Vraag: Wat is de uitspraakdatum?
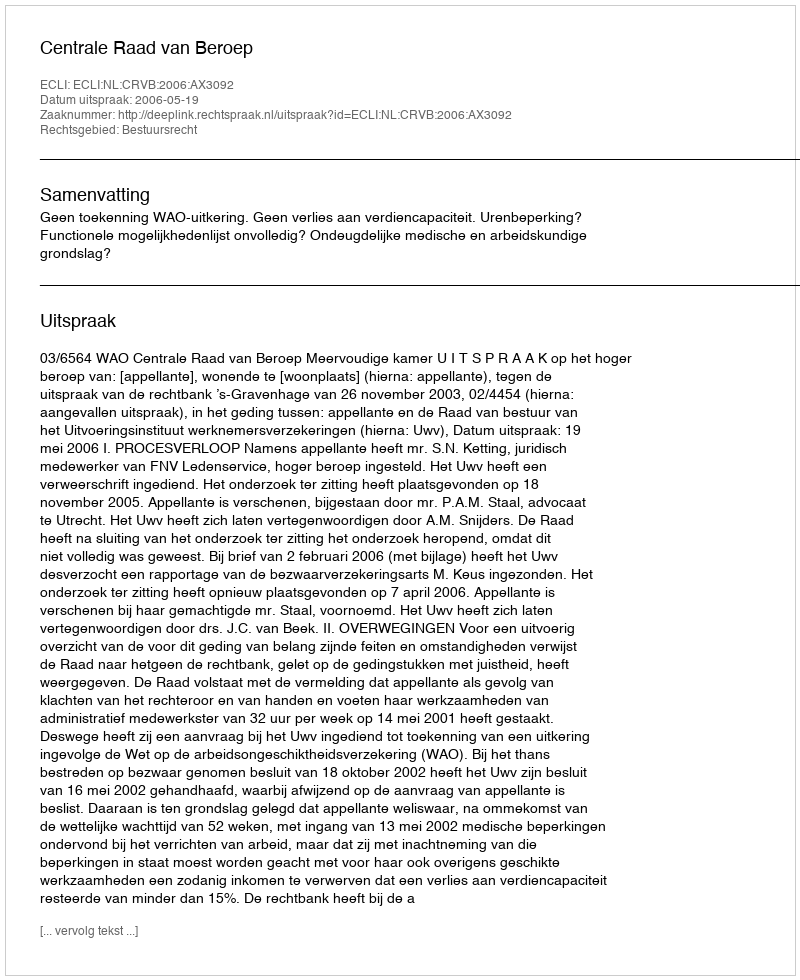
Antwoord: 2006-05-19